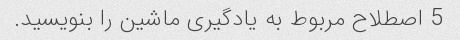
5 اصطلاح مربوط به یادگیری ماشین را بنویسید.